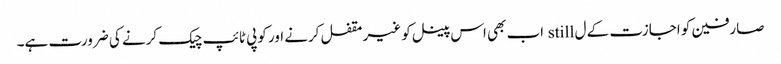
صارفین کو اجازت کے ل still اب بھی اس پینل کو غیر مقفل کرنے اور کوپی ٹائپ چیک کرنے کی ضرورت ہے۔